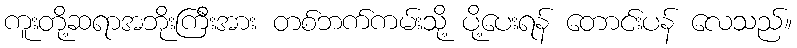
ကူးတို့ဆရာအဘိုးကြီးအား တစ်ဘက်ကမ်းသို့ ပို့ပေးရန် တောင်းပန် လေသည်။